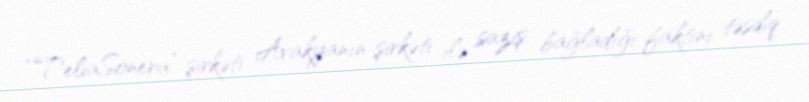
“TeliaSonera” şirkəti Avakyanın şirkəti ilə saziş bağladığı faktını təsdiq